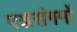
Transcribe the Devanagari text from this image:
पञ्चसंगमों